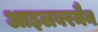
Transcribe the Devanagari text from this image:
आइलबरमैन